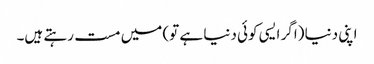
اپنی دنیا (اگر ایسی کوئی دنیا ہے تو) میں مست رہتے ہیں۔